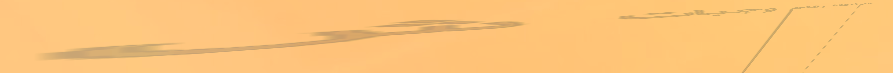
مطعم السعادة يقدم وجبات ش